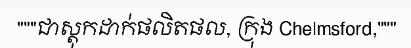
"""ជាស្តុកដាក់ផលិតផល, ក្រុង Chelmsford,"""